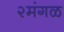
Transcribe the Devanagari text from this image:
२मंगळ